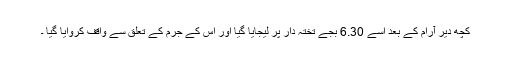
کچھ دیر آرام کے بعد اسے 6.30 بجے تختہ دار پر لیجایا گیا اور اس کے جرم کے تعلق سے واقف کروایا گیا ۔